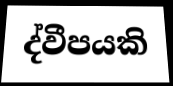
ද්වීපයකි